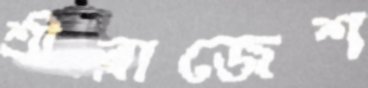
শ্রীরাজেশ